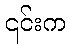
၎င်းက